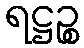
ရဋ္ဌဉ္စ